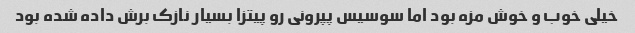
خیلی خوب و خوش مزه بود اما سوسیس پپرونی رو پیتزا بسیار نازک برش داده شده بود